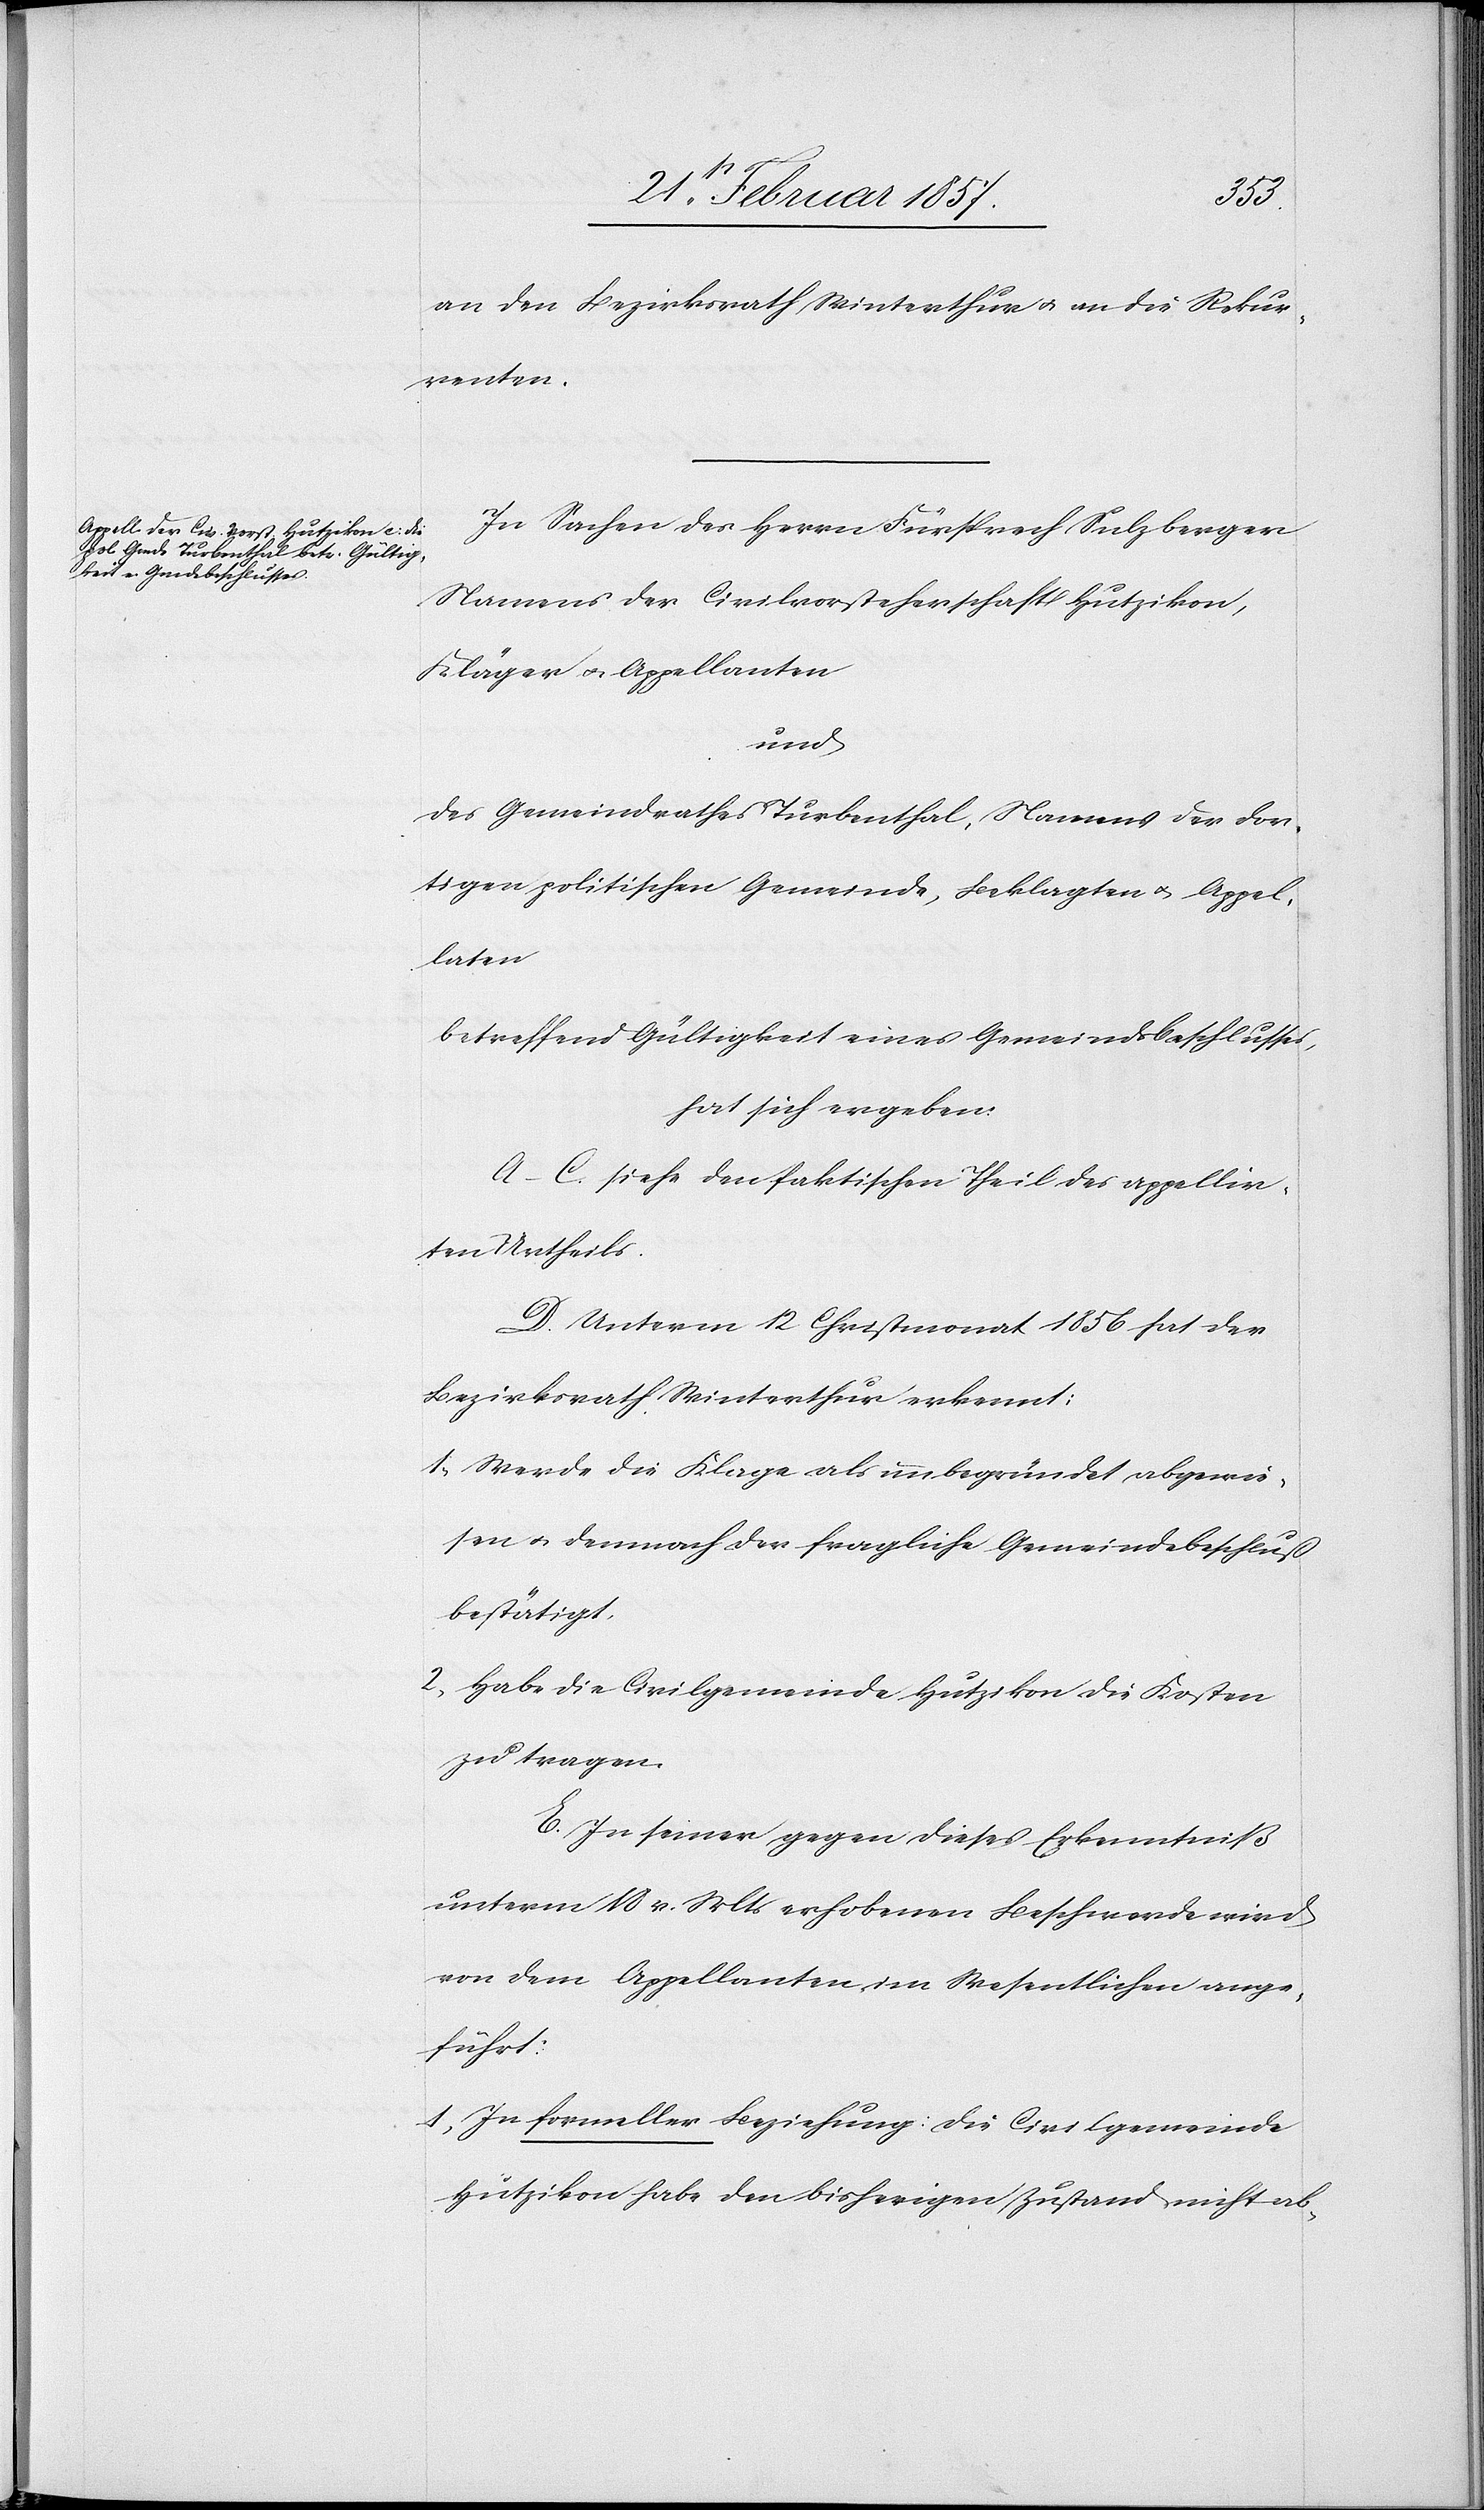
an den Bezirksrath Winterthur u. an die Rekur¬
renten.
In Sachen des Herrn Fürsprech Sulzberger
Namens der Civilvorsteherschaft Hutzikon,
Kläger u. Appellanten
und
des Gemeindrathes Turbenthal, Namens der dor¬
tigen politischen Gemeinde, Beklagten u. Appel¬
laten
betreffend Gültigkeit eines Gemeindsbeschlusses,
hat sich ergeben
A–C. siehe den faktischen Theil des appellir¬
ten Urtheils.
D. Unterm 12 Christomonat 1856 hat der
Bezirksrath Winterthur erkennt:
1. Werde die Klage als unbegründet abgewie¬
sen u. demnach der fragliche Gemeindebeschluß
bestätigt.
2. Habe die Civilgemeinde Hutzikon die Kosten
zu tragen.
E. In seiner gegen dieses Erkenntniß
unterm 18 v. Mts erhobenen Beschwerde wird
von dem Appellanten im Wesentlichen ange¬
führt:
1. In formeller Beziehung: die Civilgemeinde
Hutzikon habe den bisherigen Zustand nicht ab-